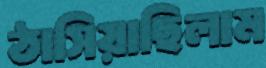
ঠাসিয়াছিলাম